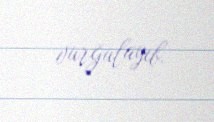
vurğulayıb.